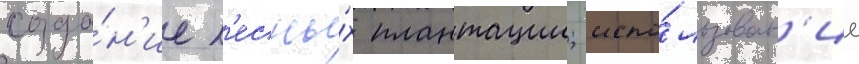
созда́н'ие л'есны́х плантации; испо́льзован'ие